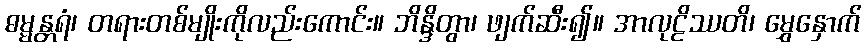
ဓမ္မန္တရံ၊ တရားတစ်မျိုးကိုလည်းကောင်း။ ဘိန္ဒိတွာ၊ ဖျက်ဆီး၍။ အာလုဠိဿတိ၊ မွှေနှောက်